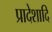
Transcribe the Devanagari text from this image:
प्रादेशादि